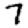
Digit: 7